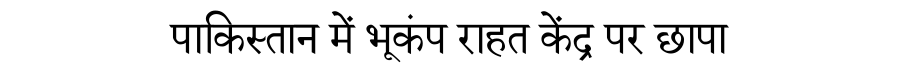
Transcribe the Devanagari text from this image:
पाकिस्तान में भूकंप राहत केंद्र पर छापा